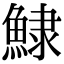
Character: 𩸙